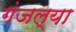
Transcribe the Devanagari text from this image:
गंजल्या